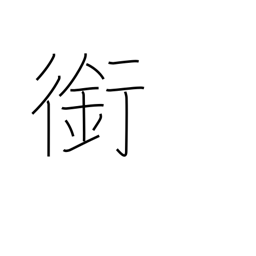
Meaning: horse's bit